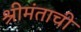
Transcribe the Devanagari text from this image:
श्रीमंताची